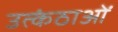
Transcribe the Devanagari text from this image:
उत्कंठाओं